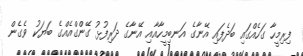
ފިރިމީހާ ގަހެއްގައި ބަދެފައި އޭނާގެ އަނބިމީހާއާއި އޭނާގެ ދަރިފުޅު ގޭންގްއެއްގެ ބަޔަކު ވެގެން